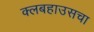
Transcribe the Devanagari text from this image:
क्लबहाउसचा